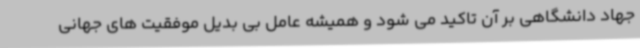
جهاد دانشگاهی بر آن تاکید می شود و همیشه عامل بی بدیل موفقیت های جهانی